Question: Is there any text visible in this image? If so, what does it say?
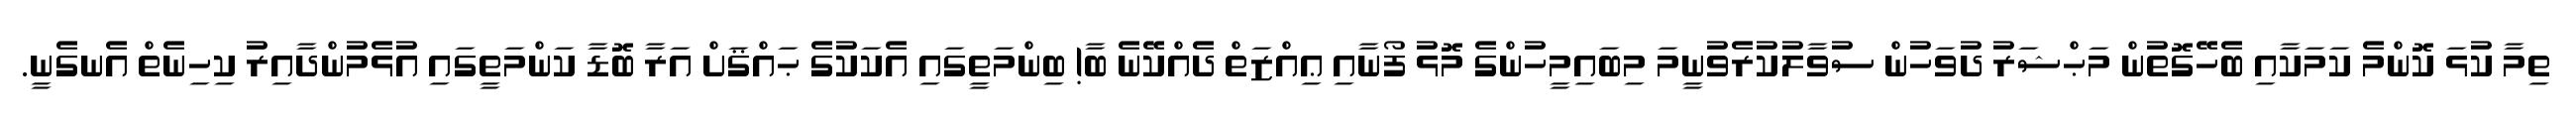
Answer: ތިމާ ކުޅަ ކޮންމެ ކަމަކާއި ބެހޭގޮތުން މަޙްޝަރު ދުވަހުން ސުވާލުކުރެވުނީމަ މިބައިމީހުންގެ މޮޅު ފޯނާއި ޢިއްޒަތް ދެއްކޭނެ ބާ! ބިންމަތީގައި އެކަކުގެ ޙައްޤަށް އަރާ ބޮޑާ ކަންމަތީގައި އުޅެމުންދާއިރު ކިހިނެތް އެނގެނީ.